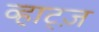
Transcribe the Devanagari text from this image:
व्हाट्ज़